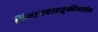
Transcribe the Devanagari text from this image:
विमानवाहतूकीमधील